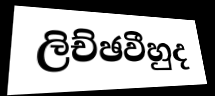
ලිච්ඡවීහුද